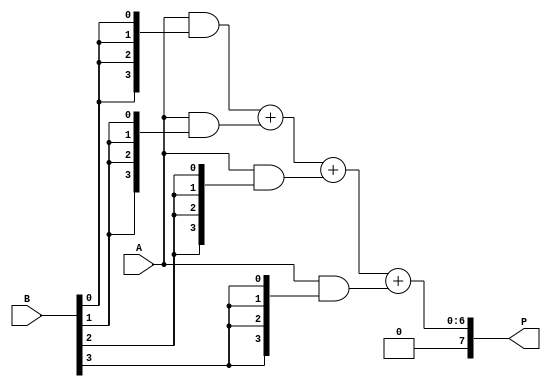
module array_multiplier #(parameter N = 4, M = 4) (
    input  [N-1:0] A,  // First operand
    input  [M-1:0] B,  // Second operand
    output [N+M-1:0] P // Product of A and B
);

    // Intermediate partial products
    wire [N-1:0] partial_product[M-1:0];

    // Generate partial products
    genvar i, j;
    generate
        for (i = 0; i < M; i = i + 1) begin : pp_gen
            assign partial_product[i] = A & {N{B[i]}};
        end
    endgenerate

    // Sum the partial products
    wire [N+M-1:0] sum [M-1:0];
    assign sum[0] = { {M{1'b0}}, partial_product[0] }; // First partial product aligned

    generate
        for (j = 1; j < M; j = j + 1) begin : sum_gen
            assign sum[j] = sum[j-1] + { {j{1'b0}}, partial_product[j] }; // Shift and add
        end
    endgenerate

    // Final product output
    assign P = sum[M-1];

endmodule